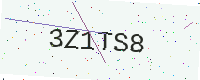
Text: 3Z1TS8